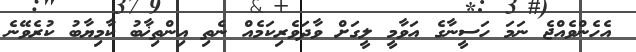
އެހެންވެއްޖެ ނަމަ ހަސީނާގެ އަވާމީ ލީގަށް ވާދަވެރިކަމެއް ނެތި އިންތިޚާބު ކާމިޔާބު ކުރެވޭނެ